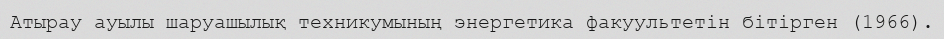
Атырау ауылы шаруашылық техникумының энергетика факуультетін бітірген (1966).